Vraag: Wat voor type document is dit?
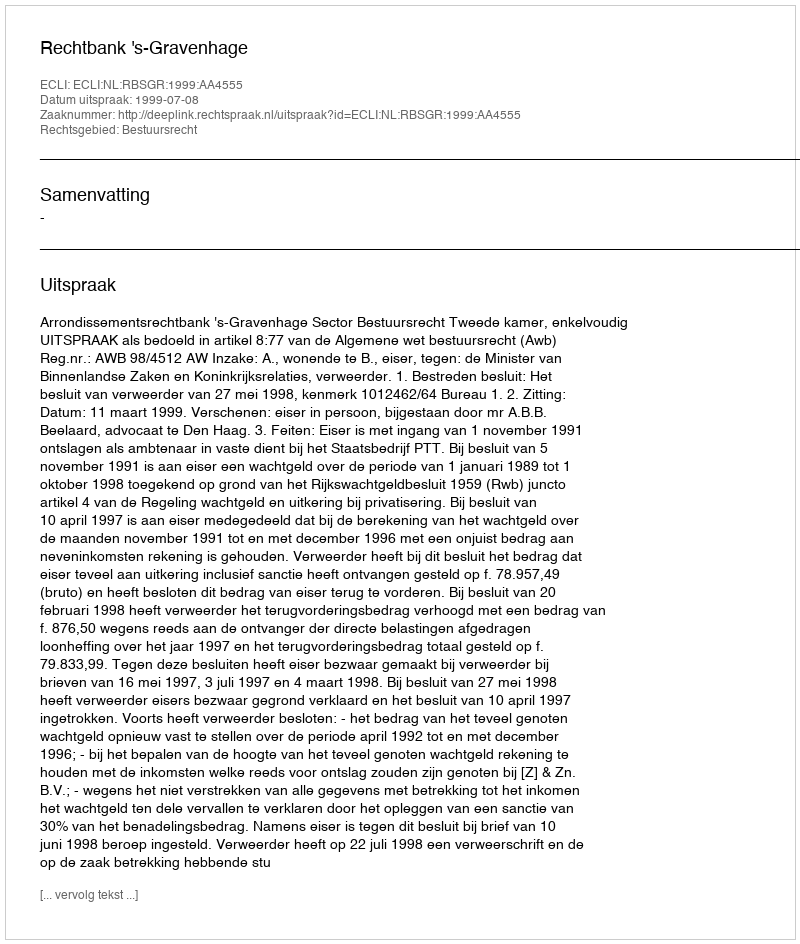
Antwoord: Uitspraak